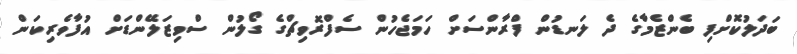
ބަދަލުކޮށްފި ބެންޒެމާގެ ދެ ލަނޑުން ފްރާންސަށް ހަމަޖެހުން ސެފްރޮވިޗްގެ ގޯލުން ސްވިޒަލޭންޑަށް އުފާވެރިކަން